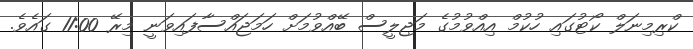
ކްރިމިނަލް ކޯޓުގައި ހުކުމް އިއްވުމުގެ މަޖިލީސް ބޭއްވުމަށް ހަމަޖައްސާފައިވަނީ މިރޭ 11:00 ގައެވެ.